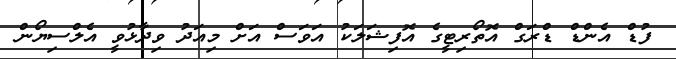
ފުޑް އެންޑް ޑްރަގް އޮތޯރިޓީގެ އޮފިޝަލަކު އަވަސް އަށް މިއަދު ވިދާޅުވީ އެލްސިޔޯން